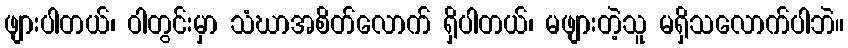
ဖျားပါတယ်၊ ဝါတွင်းမှာ သံဃာအစိတ်လောက် ရှိပါတယ်၊ မဖျားတဲ့သူ မရှိသလောက်ပါဘဲ။